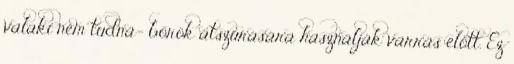
valaki nem tudná- bőrök átszúrására használják varrás előtt. Ez